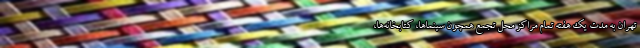
تهران به مدت یک هفته تمام مراکز محل تجمع همچون سینماها، کتابخانه‌ها،